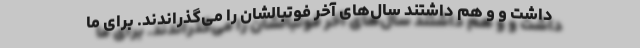
داشت و و هم داشتند سال‌های آخر فوتبالشان را می‌گذراندند. برای ما